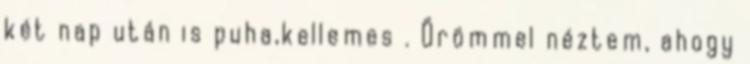
két nap után is puha,kellemes . Örömmel néztem, ahogy